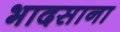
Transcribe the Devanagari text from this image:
भादसाना